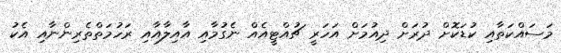
މަސައްކަތާއި ކުޑަކޮށް ދުރަށް ދިއުމަށް އަހަރީ ޗުއްޓީއެއް ނެގުމާއި އާއިލާއާއި ރަހުމަތްތެރިންނާއި އެކު